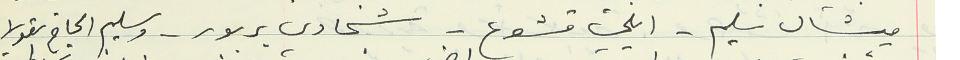
ميشال سليم - ايلي قشوع - شحادي بربور - وسليم الحاج نقولا